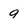
Character: g